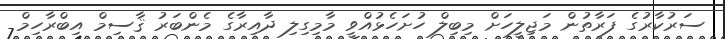
ސަރުކާރުގެ ފަރާތުން މަޖިލީހަށް މިބިލް ހުށަހެޅުއްވީ މާމިގިލި ދާއިރާގެ މެންބަރު ޤާސިމް އިބްރާހިމް